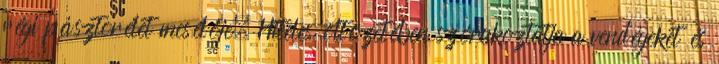
régi pásztorélet mesélője. Hiteles öltözetében szórakoztatja a vendégeket és